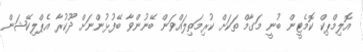
އޮލިމްޕިކް ކޮމެޓީން ބުނީ މަގާމް ތަކަށް ކުރިމަތިލައްވަން ބޭނުންވާ ބޭފުޅުންނަށް ދޫކުރާ އެޕްލިކޭޝަން